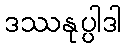
ဒဿနုပ္ပါဒါ